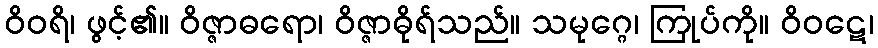
ဝိဝရိ၊ ဖွင့်၏။ ဝိဇ္ဇာဓရော၊ ဝိဇ္ဇာဓိုရ်သည်။ သမုဂ္ဂေ၊ ကြုပ်ကို။ ဝိဝဋေ၊